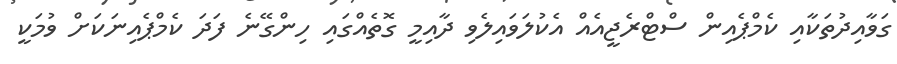
ގަވާއިދުތަކާއި ކެމްޕެއިން ސްޓްރެޖީއެއް އެކުލަވައިލެވި ދާއިމީ ގޮތެއްގައި ހިންގޭނެ ފަދަ ކެމްޕެއިނަކަށް ވުމަކީ